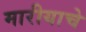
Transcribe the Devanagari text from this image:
मारीयाचे